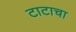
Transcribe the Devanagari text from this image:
टाटाचा